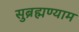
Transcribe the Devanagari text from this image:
सुब्रह्मण्याम